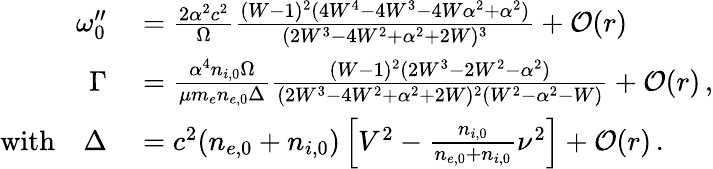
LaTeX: \begin{array}{rl}{\omega_{0}^{\prime\prime}}&{{}=\frac{2\alpha^{2}c^{2}}{\Omega}\frac{(W-1)^{2}(4W^{4}-4W^{3}-4W\alpha^{2}+\alpha^{2})}{(2W^{3}-4W^{2}+\alpha^{2}+2W)^{3}}+\mathcal{O}(r)}\\ {\Gamma}&{{}=\frac{\alpha^{4}n_{i,0}\Omega}{\mu m_{e}n_{e,0}\Delta}\frac{(W-1)^{2}(2W^{3}-2W^{2}-\alpha^{2})}{(2W^{3}-4W^{2}+\alpha^{2}+2W)^{2}(W^{2}-\alpha^{2}-W)}+\mathcal{O}(r)\, ,}\\ {\mathrm{with}\quad\Delta}&{{}=c^{2}(n_{e,0}+n_{i,0})\left[V^{2}-\frac{n_{i,0}}{n_{e,0}+n_{i,0}}\nu^{2}\right]+\mathcal{O}(r)\, .}\end{array}